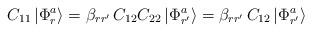
LaTeX: \begin{align*}C_{11}\left| \Phi^a_r \right> = \beta_{r r'}\, C_{12}C_{22}\left| \Phi^a_{r'}\right>= \beta_{r r'}\, C_{12}\left| \Phi^a_{r'} \right>\end{align*}